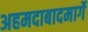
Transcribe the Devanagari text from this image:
अहमदाबादमार्गे